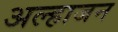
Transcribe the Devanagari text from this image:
अल्हाजन